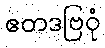
ဧတဒဗြဝုံ